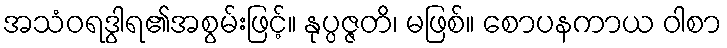
အသံဝရဒွါရ၏အစွမ်းဖြင့်။ နုပ္ပဇ္ဇတိ၊ မဖြစ်။ စောပနကာယ ဝါစာ